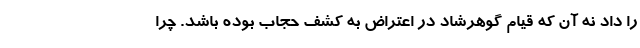
را داد نه آن که قیام گوهر‌شاد در اعتراض به کشف حجاب بوده باشد. چرا